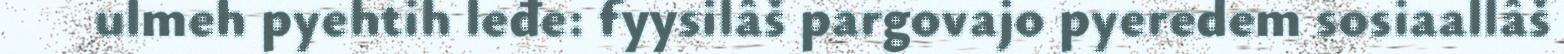
ulmeh pyehtih leđe: fyysilâš pargovajo pyeredem sosiaallâš